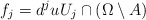
\begin{align*}f_j = d^j u U_j \cap (\Omega \setminus A)\end{align*}